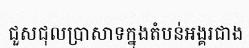
ជួសជុលប្រាសាទក្នុងតំបន់អង្គរជាង